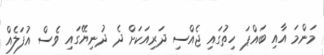
މަންމަ އާއި ބައްޕަ ހިތުގައި ޖެއްސި ދަރިއަކަށް ދެ ދުނިޔޭގައި ވެސް އުފަލެއް